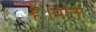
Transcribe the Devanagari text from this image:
हैं।माता